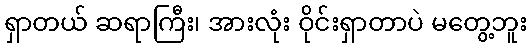
ရှာတယ် ဆရာကြီး၊ အားလုံး ဝိုင်းရှာတာပဲ မတွေ့ဘူး